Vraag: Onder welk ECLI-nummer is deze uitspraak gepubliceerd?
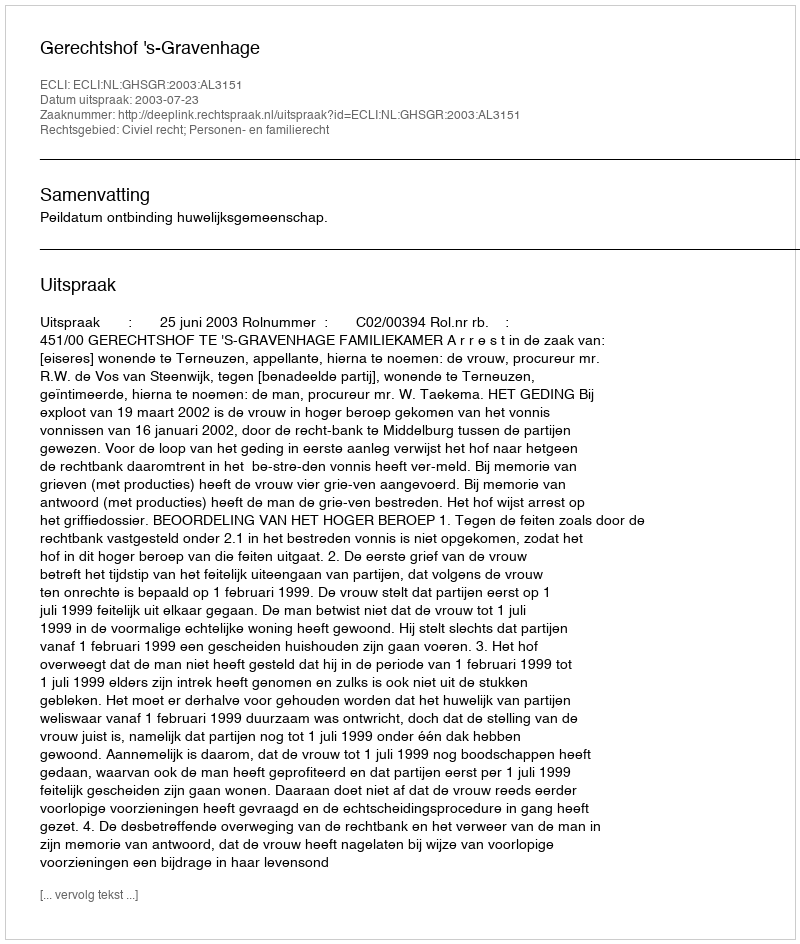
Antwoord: ECLI:NL:GHSGR:2003:AL3151